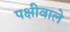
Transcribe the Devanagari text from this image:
पक्षीवाले